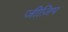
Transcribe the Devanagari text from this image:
जीज़िप